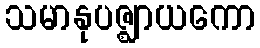
သမာနုပဇ္ဈာယကော